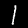
Label: 1